Lunatic asylums Burma 1907-21 - 1907-1921
Year: 1907
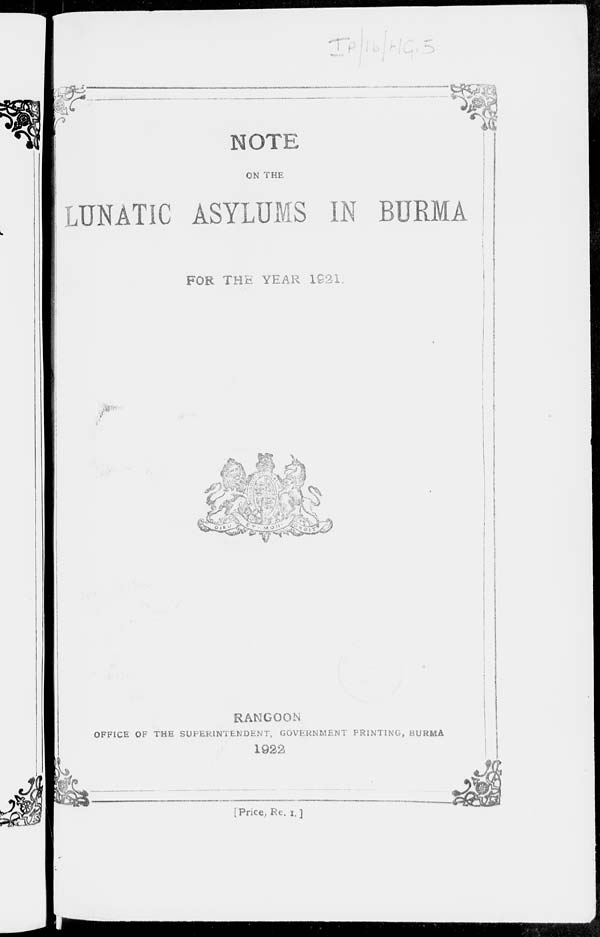
NOTE
ON THE
LUNATIC ASYLUMS IN BURMA
FOR THE YEAR 1921.
RANGOON
OFFICE OF THE SUPERINTENDENT, GOVERNMENT PRINTING, BURMA
1922
[Price, Re. 1.]